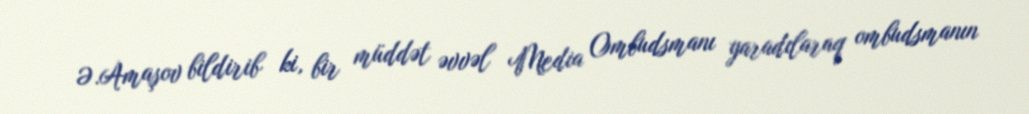
Ə.Amaşov bildirib ki, bir müddət əvvəl Media Ombudsmanı yaradılaraq ombudsmanın